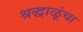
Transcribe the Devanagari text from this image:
श्रद्धाळूंचा